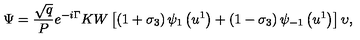
\Psi = \frac { \sqrt { q } } { P } e ^ { - i \Gamma } K W \left[ \left( 1 + \sigma _ { 3 } \right) \psi _ { 1 } \left( u ^ { 1 } \right) + \left( 1 - \sigma _ { 3 } \right) \psi _ { - 1 } \left( u ^ { 1 } \right) \right] \upsilon ,